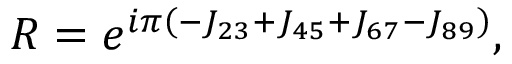
{ \cal R } = e ^ { i \pi \left( - J _ { 2 3 } + J _ { 4 5 } + J _ { 6 7 } - J _ { 8 9 } \right) } ,